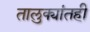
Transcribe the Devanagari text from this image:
तालुक्यांतही